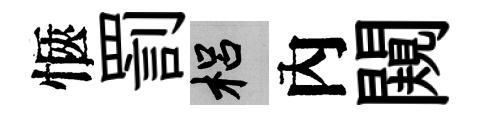
愜罰梠內闚